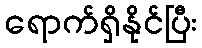
ရောက်ရှိနိုင်ပြီး